Annual report on the mental hospital in the Central Provinces and Berar (Nagpur) - 1927-1951
Year: 1927
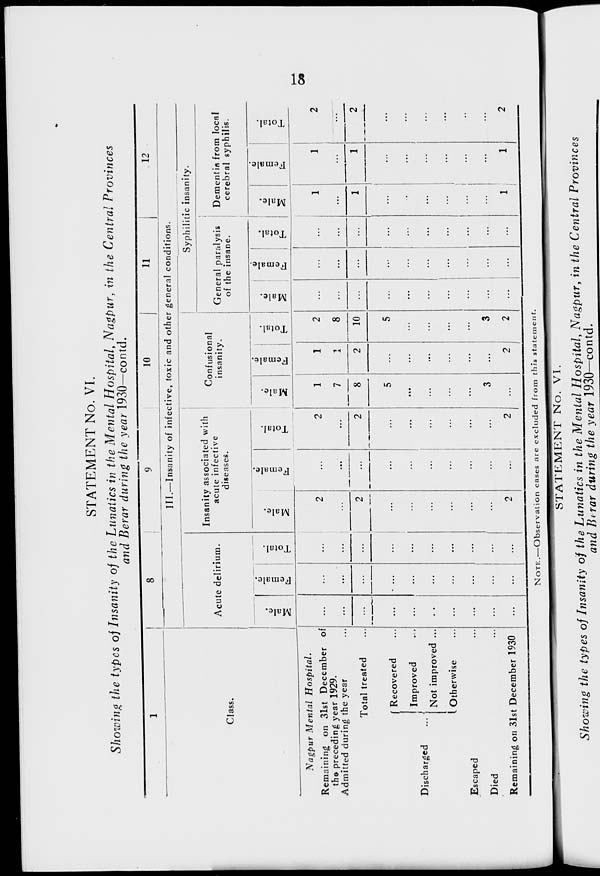
18
STATEMENT No. VI.
Showing the types of Insanity of the Lunatics in the Mental Hospital, Nagpur, in the Central Provinces
and Berar during the year 1930—contd.
1
Class.
Nagpur Mental
Hospital.
Remaining on 31st December of
the preceding year 1929.
Admitted during the year ...
Total treated ...
Discharged ...
Recovered ...
Improved ...
Not improved ...
Otherwise ...
Escaped ...
Died ...
Remaining on 31st December 1930
8
9
10
11
12
III.—Insanity of infective, toxic and other general conditions.
Acute delirium.
Male.
...
...
...
...
...
...
...
...
...
...
Female.
...
...
...
...
...
...
...
...
...
...
Total.
...
...
...
...
...
...
...
...
...
...
Insanity associated with
acute infective
diseases.
Male.
2
...
2
...
...
...
...
...
...
2
Female.
...
...
...
...
...
...
...
...
...
...
Total.
2
...
2
...
...
...
...
...
...
2
Confusional
insanity.
Male.
1
7
8
5
...
...
...
...
3
...
Female.
1
1
2
...
...
...
...
...
...
2
Total.
2
8
10
5
...
...
...
...
3
2
Syphilitic insanity.
General paralysis
of the insane.
Male.
...
...
...
...
...
...
...
...
...
...
Female.
...
...
...
...
...
...
...
...
...
...
Total.
...
...
...
...
...
...
...
...
...
...
Dementia from local
cerebral syphilis.
Male.
1
...
1
...
...
...
...
...
...
1
Female.
1
...
1
...
...
...
...
...
...
1
Total.
2
...
2
...
...
..,
...
...
...
2
NOTE.—Observation cases are excluded from this statement.